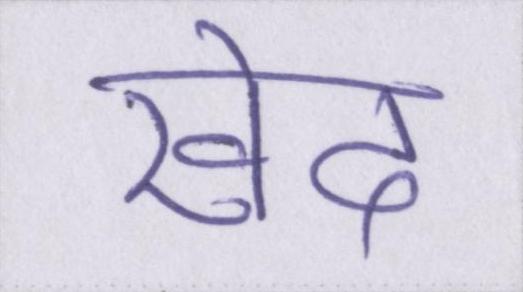
खेद